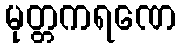
မုတ္တကရဏေ